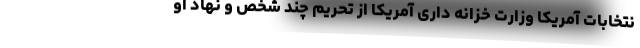
نتخابات آمریکا وزارت خزانه داری آمریکا از تحریم چند شخص و نهاد او